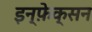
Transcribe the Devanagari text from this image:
इन्फ़ेक्सन